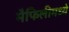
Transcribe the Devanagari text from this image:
मैफिलीमध्ये